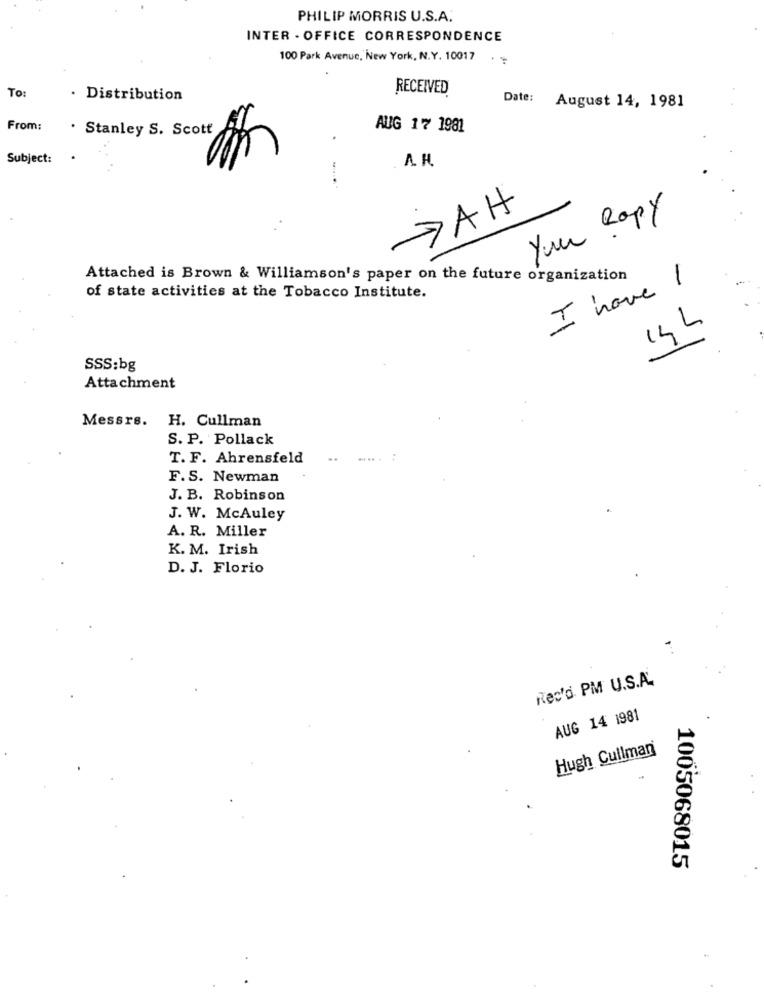
PHILIP MORRIS U.S.A.
INTER - OFFICE CORRESPONDENCE
100 Park Avenue, New York, N.Y. 10017
To:
RECEIVED
· Distribution
Date: August 14, 1981
From:
· Stanley S. Scott
AUG 17 1981
Subject:
A. H.
7AH
Your copy
Attached is Brown & Williamson's paper on the future organization
I have I
of state activities at the Tobacco Institute.
14 L
SSS:bg
Attachment
Messrs.
H. Cullman
S. P. Pollack
T. F. Ahrensfeld
F.S. Newman
J. B. Robinson
J. W. McAuley
A. R. Miller
K. M. Irish
D. J. Florio
Rec'd PM U.S.A.
AUG 14 1981
Hugh Cullman
1005068015